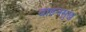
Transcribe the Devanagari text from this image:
वाहनसुख